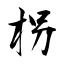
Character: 柺